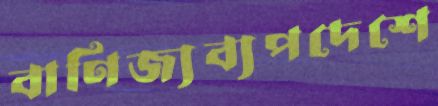
বাণিজ্যব্যপদেশে